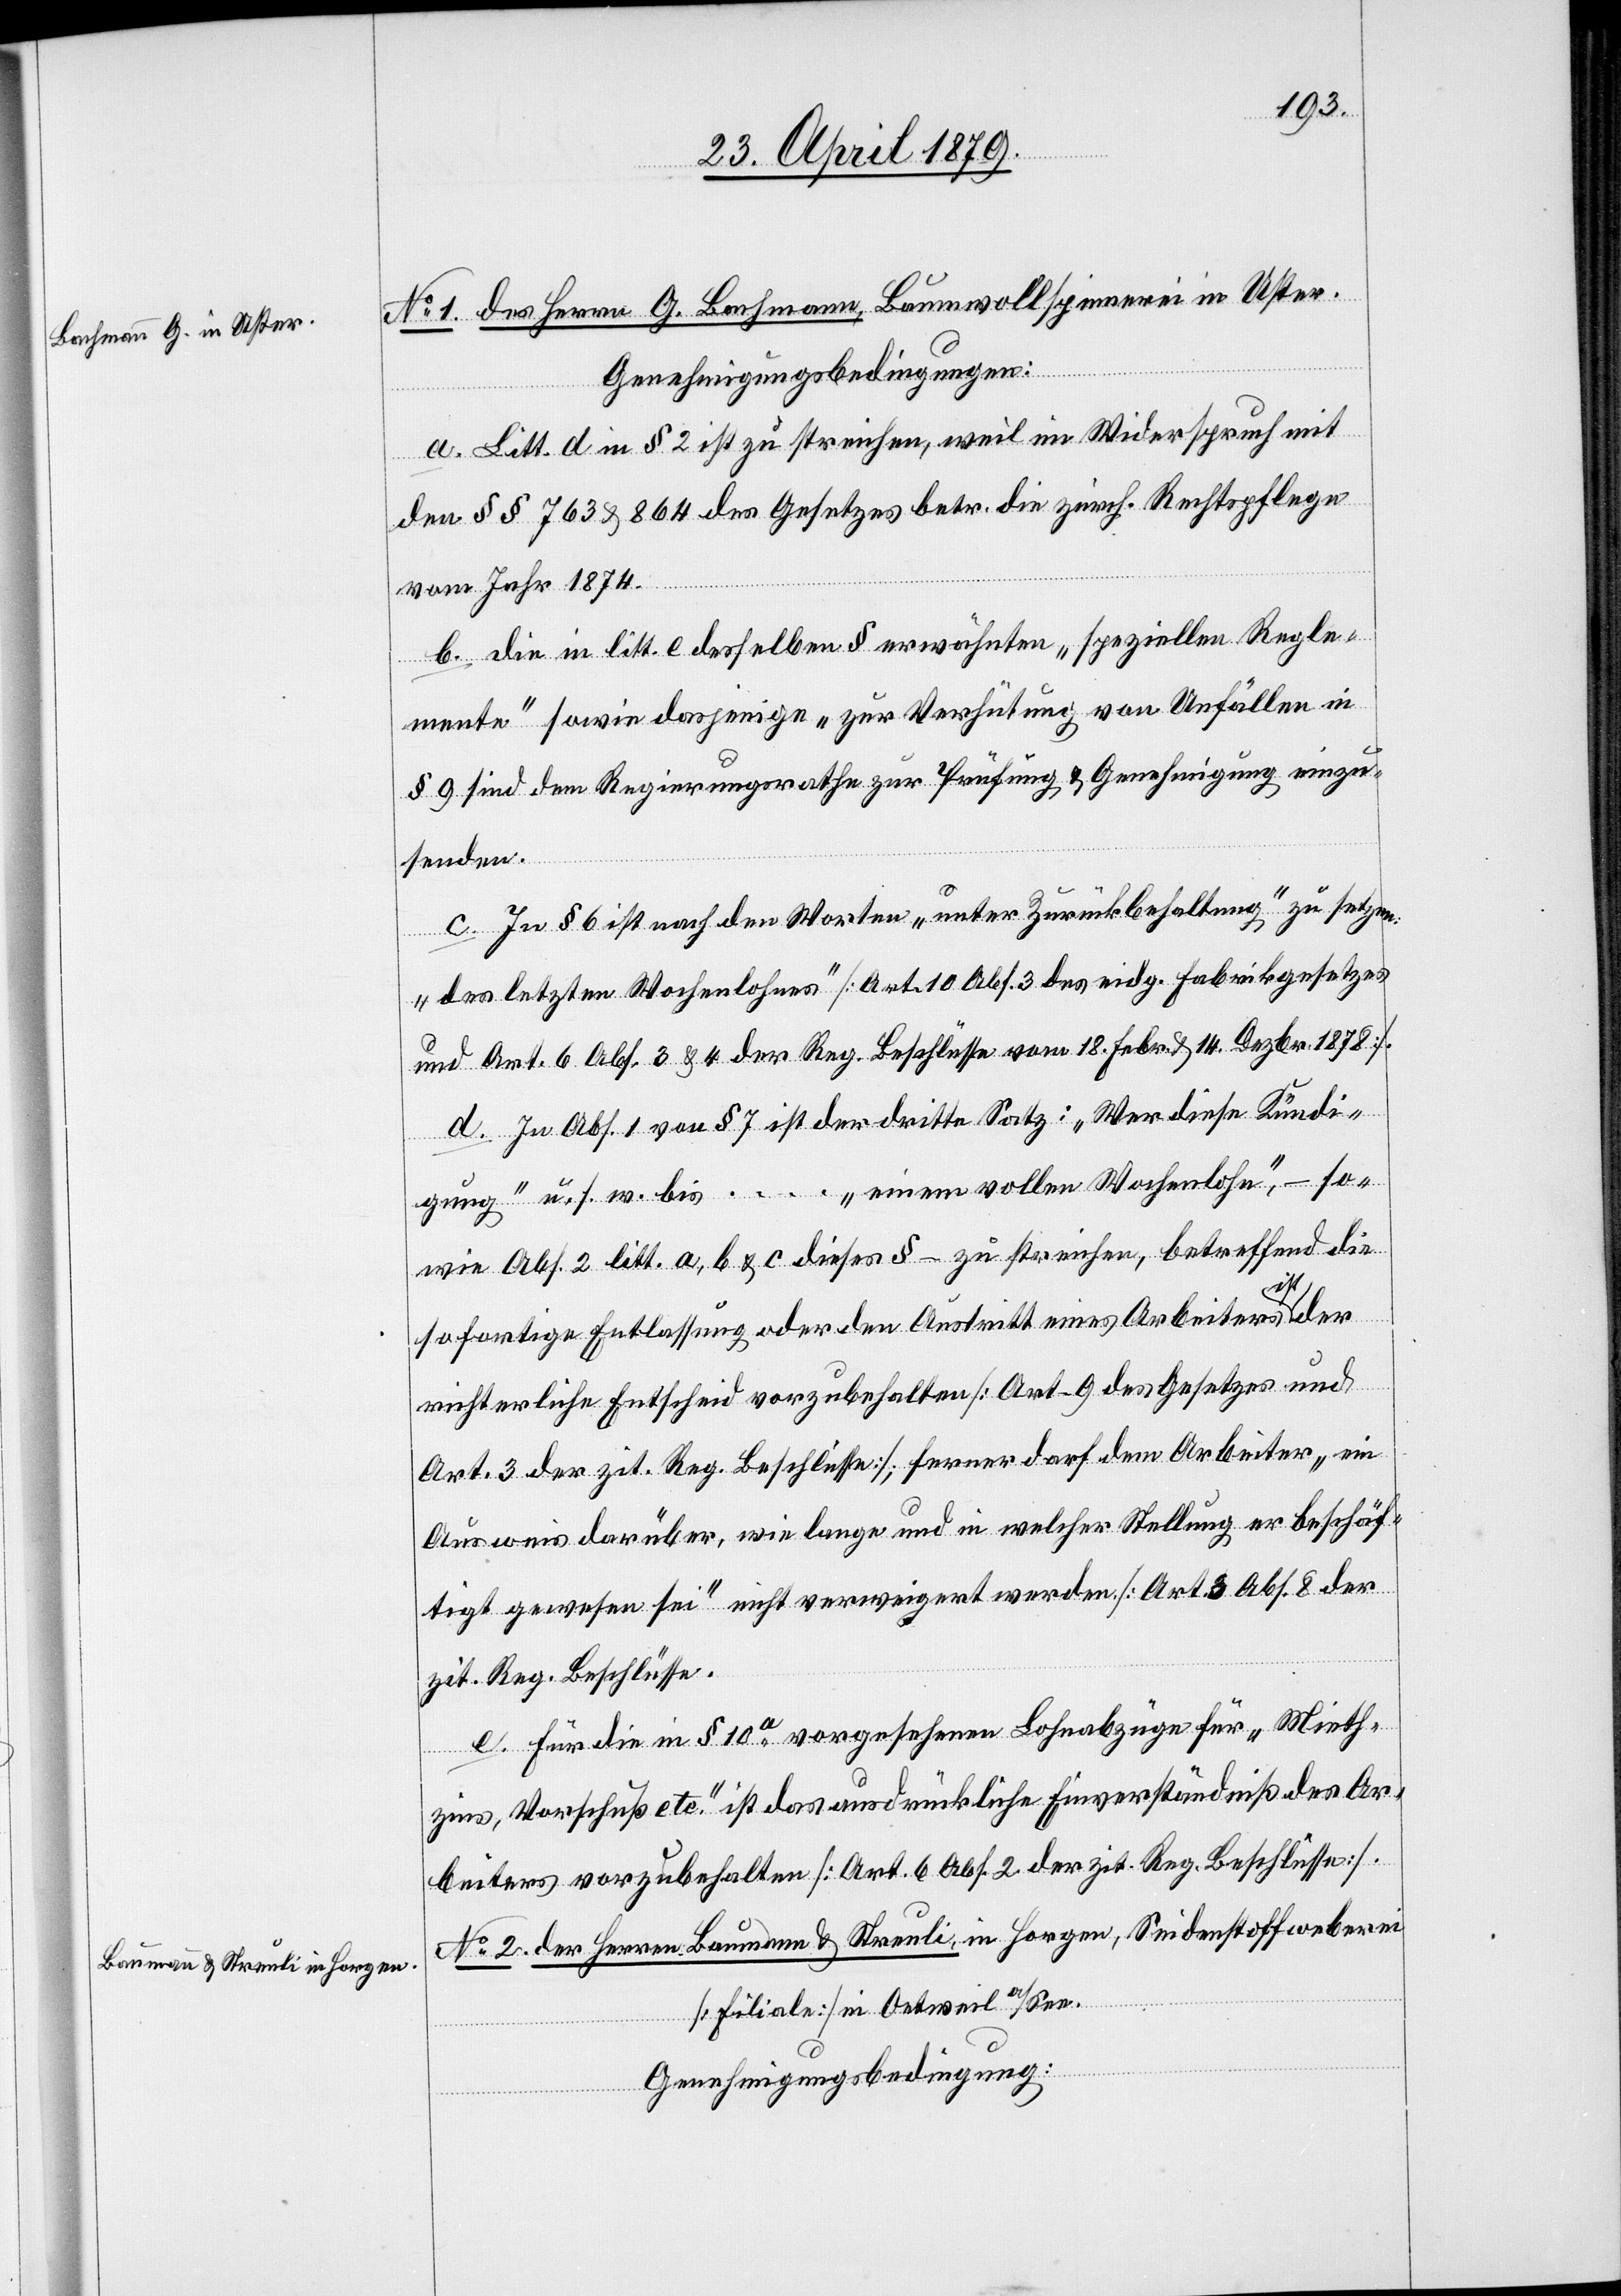
No 1. des Herrn G. Bachmann, Baumwollspinnerei in Uster.
Genehmigungsbedingungen:
a. Litt. d in § 2 ist zu streichen, weil im Widerspruch mit
den §§ 763 & 864 des Gesetzes betr. die zürch. Rechtspflege
vom Jahr 1874.
b. die in litt. e desselben § erwähnten „speziellen Regle¬
mente“ sowie dasjenige „zur Verhütung von Unfällen in
§ 9 sind dem Regierungsrathe zur Prüfung & Genehmigung einzu¬
senden.
c. In § 6 ist nach den Worten „unter Zurückbehaltung“ zu setzen:
„des letzten Wochenlohnes“ [Art. 10 Abs. 3 des eidg. Fabrikgesetzes
und Art. 6 Abs. 3 & 4 der Reg. Beschlüsse vom 18. Febr. & 14. Dezbr. 1878].
d. In Abs. 1 von § 7 ist der dritte Satz: „Wer diese Kündi¬
gung“ u. s. w. bis … „einem vollen Wochenlohn“, – so¬
wie Abs. 2 litt. a, b & c dieses § – zu streichen, betreffend die
sofortige Entlassung oder den Austritt eines Arbeiters ist der
richterliche Entscheid vorzubehalten [Art. 9 des Gesetzes und
Art. 3 der zit. Reg. Beschlüsse]; ferner darf dem Arbeiter „ein
Ausweis darüber, wie lange und in welcher Stellung er beschäf¬
tigt gewesen sei“ nicht verweigert werden [Art. 3 Abs. 8 der
zit. Reg. Beschlüsse].
e. Für die in § 10a vorgesehenen Lohnabzüge für „Mieth¬
zins, Vorschuß etc.“ ist das ausdrückliche Einverständniß des Ar¬
beiters vorzubehalten [Art. 6 Abs. 2 der zit. Reg. Beschlüsse].
No 2. der Herren Baumann & Streuli, in Horgen, Seidenstoffweberei
[Filiale] in Oetweil a/See.
Genehmigungsbedingung: